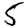
Digit: 5